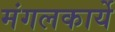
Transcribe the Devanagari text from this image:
मंगलकार्ये